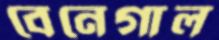
বেনেগাল